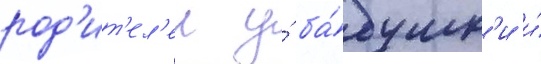
род'ит'ел'еи у́ ба́бушк'и и́